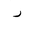
Letter: _ra